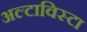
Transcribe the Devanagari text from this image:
अल्टाविस्टा